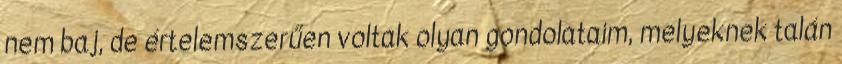
nem baj, de értelemszerűen voltak olyan gondolataim, melyeknek talán